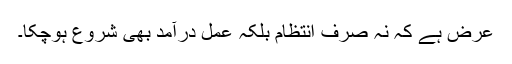
عرض ہے کہ نہ صرف انتظام بلکہ عمل درآمد بھی شروع ہوچکا۔